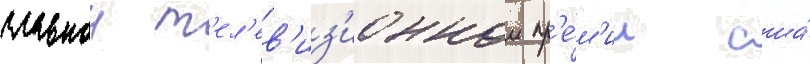
главнои т'ел'ев'из'ионнои пр'е́м'ии сша́